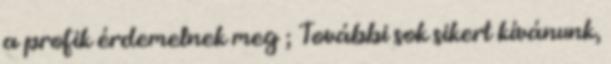
a profik érdemelnek meg ; További sok sikert kívánunk,